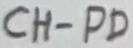
Text: CH-PD